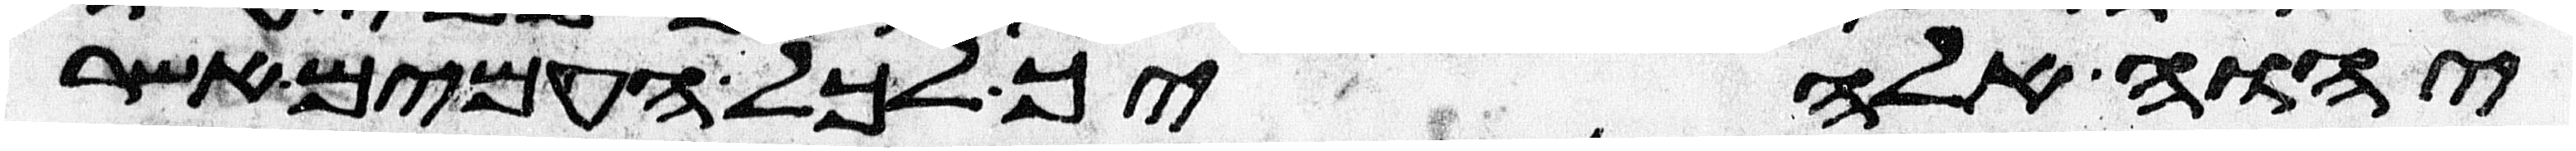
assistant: יהוה אלהיך לכל העמים אשר